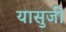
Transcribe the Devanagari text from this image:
यासुजी